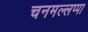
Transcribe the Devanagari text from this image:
चनमल्लप्पा